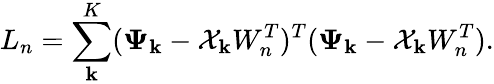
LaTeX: L_{n}=\sum_{\mathbf{k}}^{K}(\mathbf{{\Psi}}_{\mathbf{k}}-\mathcal{{X}}_{\mathbf{k}}W_{n}^{T})^{T}(\mathbf{{\Psi}}_{\mathbf{k}}-\mathcal{{X}}_{\mathbf{k}}W_{n}^{T}).